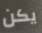
يكن